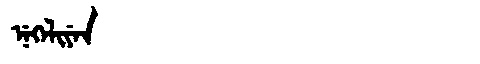
Manchu: ᠨᡝᡴᡝᠯᡳᠶᡝᠨ
Romanization: NEKELIYEN